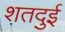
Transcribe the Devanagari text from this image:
शतदुई